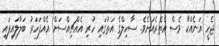
ޖެހީ އަނެއްކާ ވެސް އެތެރެއަށެވެ. ސާހިލްގެ އަތުގައި ހުރި އެއްޗިއްސަށް އެއްފަހަރު ބަލާލައިފައި